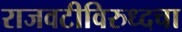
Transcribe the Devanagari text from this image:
राजवटीविरुध्दचा